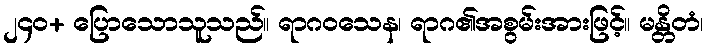
၂၄၀+ ပြောသောသူသည်။ ရာဂဝသေန၊ ရာဂ၏အစွမ်းအားဖြင့်။ မန္တိတံ၊